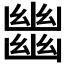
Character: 𢇕